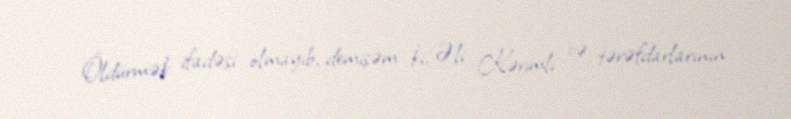
- Öldürmək ifadəsi olmayıb, demişəm ki, Əli Kərimli və tərəfdarlarının